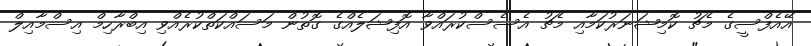
އޭއެފްސީގެ މެޗު ކޮމިޝަނަރުކަމާއި މެޗު އެސެސްކުރައްވާ އޮފިޝަލެއްގެ ގޮތުން މަސައްކަތްކުރެއްވި އިބްރާހިމް އިސްމާއިލް